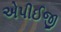
એપીઈજી